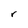
Character: r